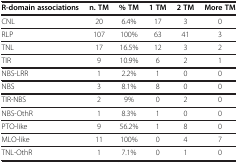
<table><thead><tr><td><b>R-domain associations</b></td><td><b>n. TM</b></td><td><b>% TM</b></td><td><b>1 TM</b></td><td><b>2 TM</b></td><td><b>More TM</b></td></tr></thead><tbody><tr><td>CNL</td><td>20</td><td>6.4%</td><td>17</td><td>3</td><td>0</td></tr><tr><td>RLP</td><td>107</td><td>100%</td><td>63</td><td>41</td><td>3</td></tr><tr><td>TNL</td><td>17</td><td>16.5%</td><td>12</td><td>3</td><td>2</td></tr><tr><td>TIR</td><td>9</td><td>10.9%</td><td>6</td><td>2</td><td>1</td></tr><tr><td>NBS-LRR</td><td>1</td><td>2.2%</td><td>1</td><td>0</td><td>0</td></tr><tr><td>NBS</td><td>3</td><td>8.1%</td><td>8</td><td>0</td><td>0</td></tr><tr><td>TIR-NBS</td><td>2</td><td>9%</td><td>0</td><td>2</td><td>0</td></tr><tr><td>NBS-OthR</td><td>1</td><td>8.3%</td><td>1</td><td>0</td><td>0</td></tr><tr><td>PTO-like</td><td>9</td><td>56.2%</td><td>1</td><td>8</td><td>0</td></tr><tr><td>MLO-like</td><td>11</td><td>100%</td><td>0</td><td>4</td><td>7</td></tr><tr><td>TNL-OthR</td><td>1</td><td>7.1%</td><td>0</td><td>1</td><td>0</td></tr></tbody></table>